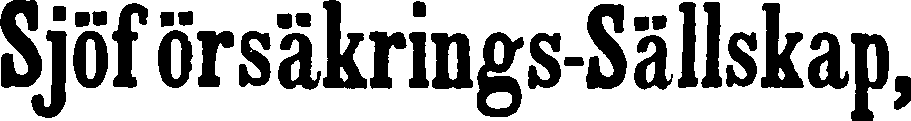
Sjöförsäkrings-Sällskap,